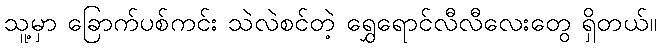
သူ့မှာ ခြောက်ပစ်ကင်း သဲလဲစင်တဲ့ ရွှေရောင်လီလီလေးတွေ ရှိတယ်။